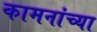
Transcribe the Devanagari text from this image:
कामनांच्या